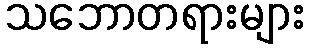
သဘောတရားများ